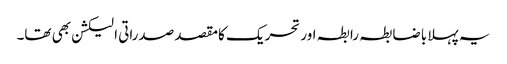
یہ پہلا باضابطہ رابطہ اور تحریک کامقصد صدراتی الیکشن بھی تھا۔